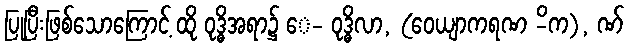
ပြုပြီးဖြစ်သောကြောင့် ထို ဝုဒ္ဓိအရာ၌ ေ- ဝုဒ္ဓိလာ, (ဝေယျာကရဏ -ိက), ဏ်